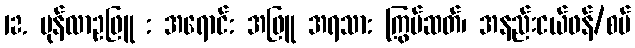
12. မုန်လာဥဖြူ : အရောင်: အဖြူ အရသာ: ကြွပ်ဆတ်၊ အနည်းငယ်ဖန်/စပ်